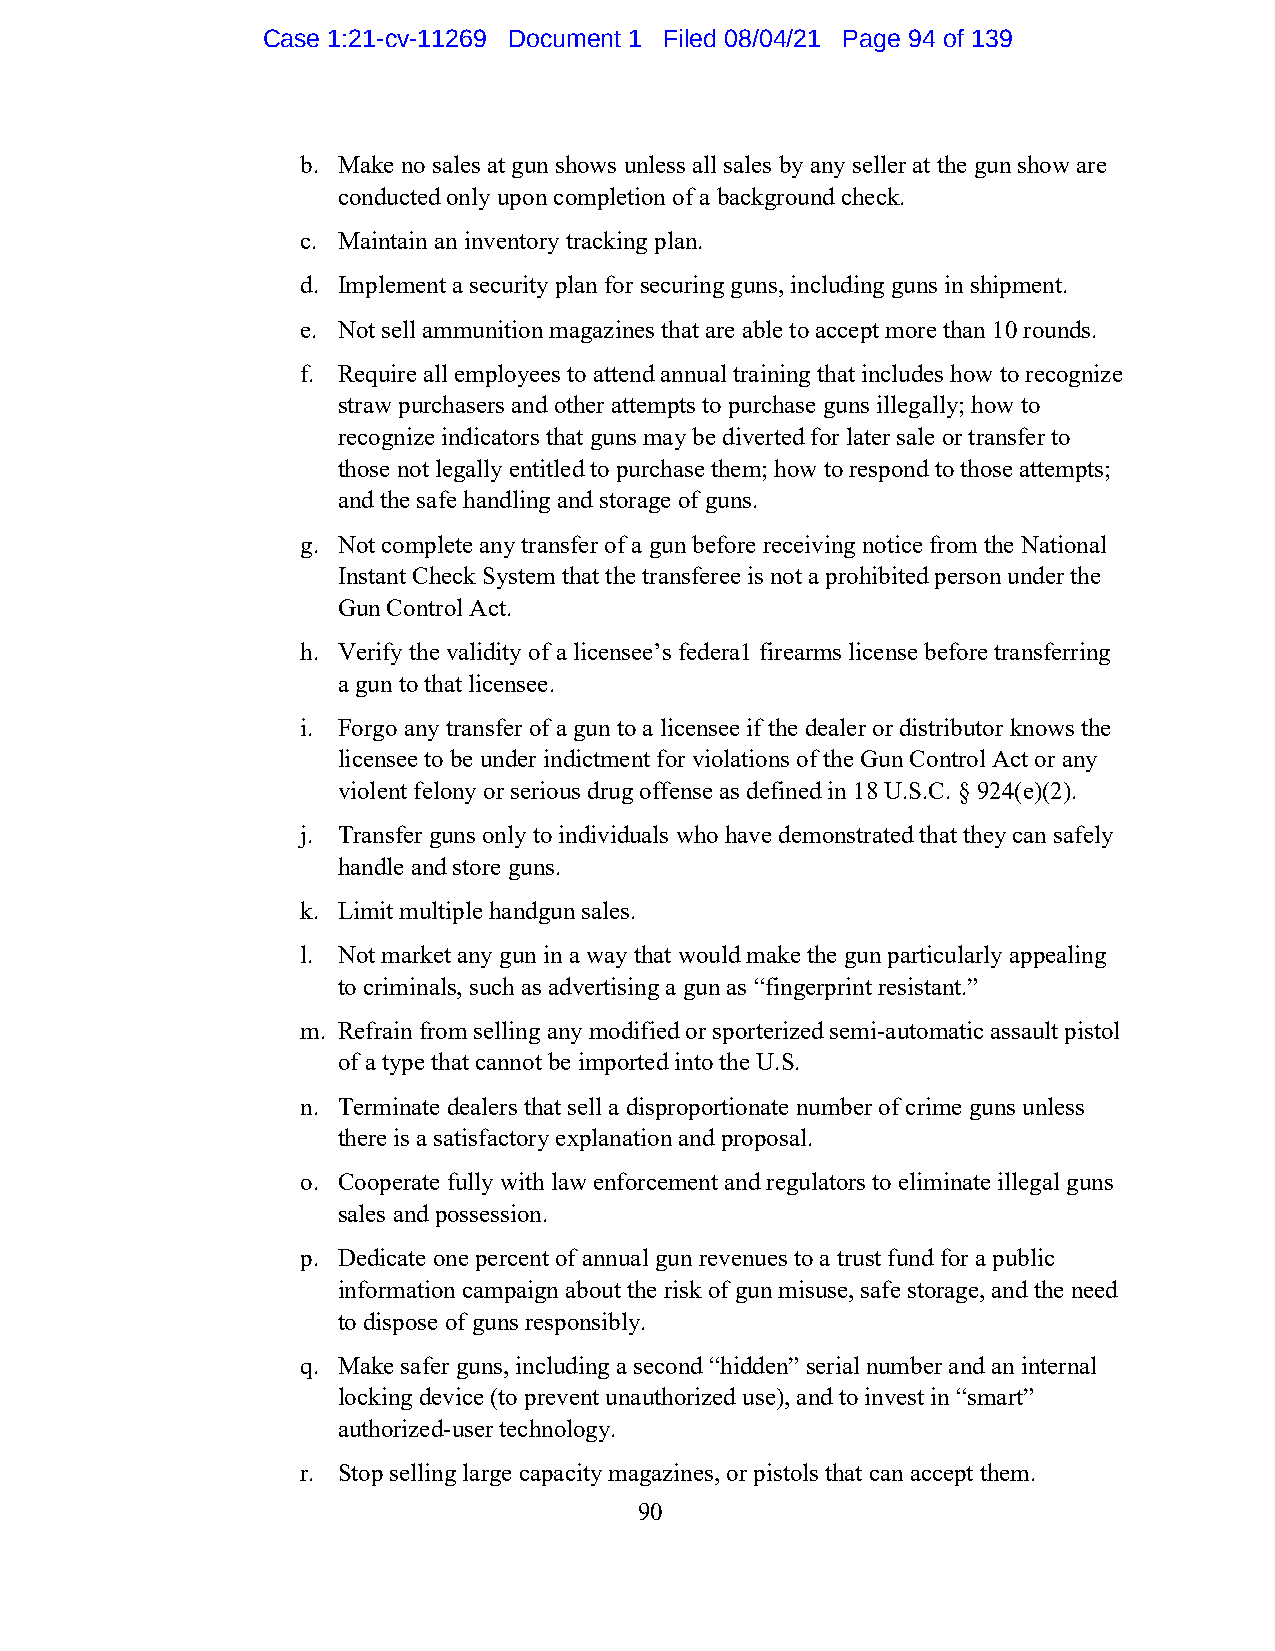
Case 1:21-cv-11269 Document 1 Filed 08/04/21 Page 94 of 139
 b. Make no sales at gun shows unless all sales by any seller at the gun show are
 conducted only upon completion of a background check.
 c. Maintain an inventory tracking plan.
 d. Implement a security plan for securing guns, including guns in shipment.
 e. Not sell ammunition magazines that are able to accept more than 10 rounds.
 f. Require all employees to attend annual training that includes how to recognize
 straw purchasers and other attempts to purchase guns illegally; how to
 recognize indicators that guns may be diverted for later sale or transfer to
 those not legally entitled to purchase them; how to respond to those attempts;
 and the safe handling and storage of guns.
 g. Not complete any transfer of a gun before receiving notice from the National
 Instant Check System that the transferee is not a prohibited person under the
 Gun Control Act.
 h. Verify the validity of a licensee’s federa1 firearms license before transferring
 a gun to that licensee.
 i. Forgo any transfer of a gun to a licensee if the dealer or distributor knows the
 licensee to be under indictment for violations of the Gun Control Act or any
 violent felony or serious drug offense as defined in 18 U.S.C. § 924(e)(2).
 j. Transfer guns only to individuals who have demonstrated that they can safely
 handle and store guns.
 k. Limit multiple handgun sales.
 l. Not market any gun in a way that would make the gun particularly appealing
 to criminals, such as advertising a gun as “fingerprint resistant.”
 m. Refrain from selling any modified or sporterized semi-automatic assault pistol
 of a type that cannot be imported into the U.S.
 n. Terminate dealers that sell a disproportionate number of crime guns unless
 there is a satisfactory explanation and proposal.
 o. Cooperate fully with law enforcement and regulators to eliminate illegal guns
 sales and possession.
 p. Dedicate one percent of annual gun revenues to a trust fund for a public
 information campaign about the risk of gun misuse, safe storage, and the need
 to dispose of guns responsibly.
 q. Make safer guns, including a second “hidden” serial number and an internal
 locking device (to prevent unauthorized use), and to invest in “smart”
 authorized-user technology.
 r. Stop selling large capacity magazines, or pistols that can accept them.
 90